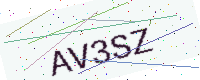
Text: AV3SZ